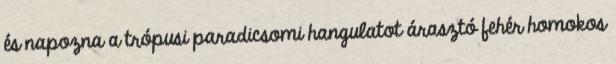
és napozna a trópusi paradicsomi hangulatot árasztó fehér homokos